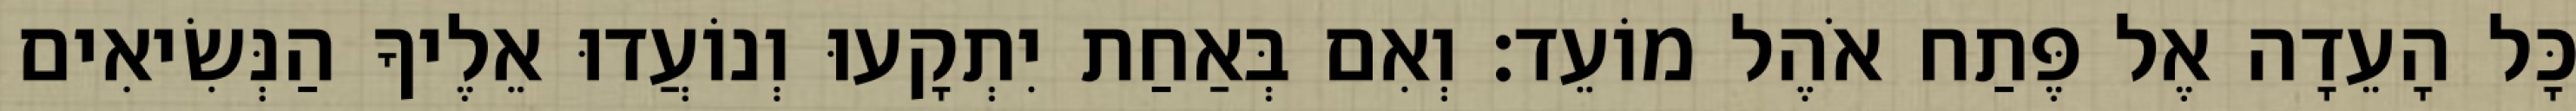
כָּל הָעֵדָה אֶל פֶּתַח אֹהֶל מוֹעֵד׃ וְאִם בְּאַחַת יִתְקָעוּ וְנוֹעֲדוּ אֵלֶיךָ הַנְּשִׂיאִים